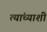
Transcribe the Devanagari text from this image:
त्‍यांच्‍याशी